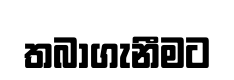
තබාගැනීමට